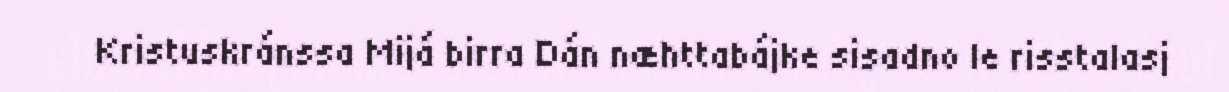
Kristuskránssa Mijá birra Dán næhttabájke sisadno le risstalasj